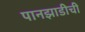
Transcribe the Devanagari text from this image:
पानझाडीची